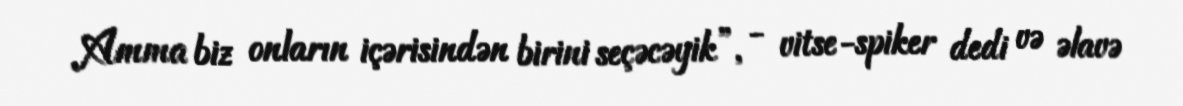
Amma biz onların içərisindən birini seçəcəyik”, - vitse-spiker dedi və əlavə